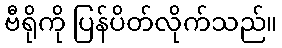
ဗီရိုကို ပြန်ပိတ်လိုက်သည်။